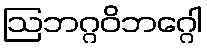
ဩဘဂ္ဂဝိဘဂ္ဂေါ